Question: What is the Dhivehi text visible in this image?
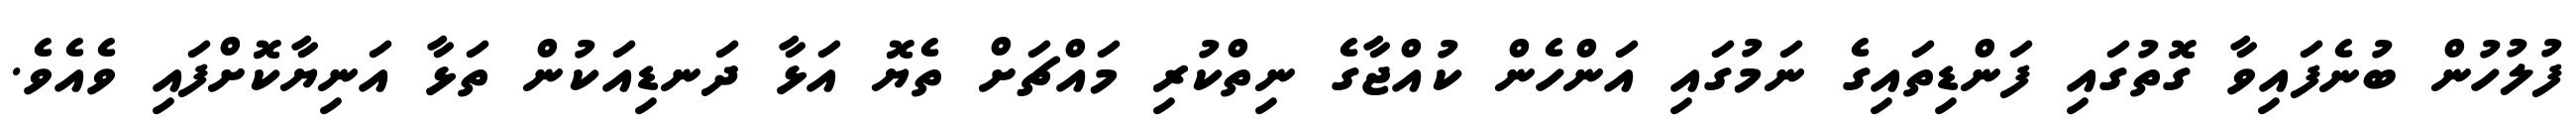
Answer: ފުލުހުން ބުނެފައިވާ ގޮތުގައި ފަންޑިތައިގެ ނަމުގައި އަންހެން ކުއްޖާގެ ނިތްކުރި މައްޗަށް ތެޔޮ އަޅާ ދަނޑިއަކުން ތަޅާ އަނިޔާކޮށްފައި ވެއެވެ.